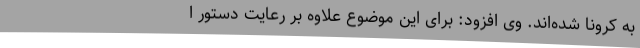
به کرونا شده‌اند. وی افزود: برای این موضوع علاوه بر رعایت دستور ا